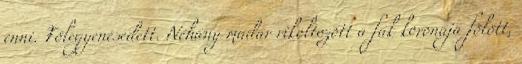
enni. Fölegyenesedett. Néhány madár rikoltozott a fák koronája fölött,